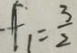
f _ { 1 } = \frac { 3 } { 2 }